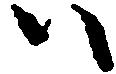
ハ